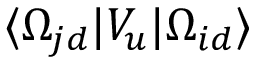
\langle \Omega _ { j d } | V _ { u } | \Omega _ { i d } \rangle